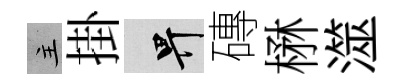
主掛畀磚楙澨